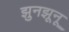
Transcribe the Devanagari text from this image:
झुनझूनू